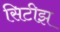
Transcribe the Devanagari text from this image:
सिटीझ